65_HS1-834228961_62-HQ-83894_Section_9
Agency: FBI
Page 55
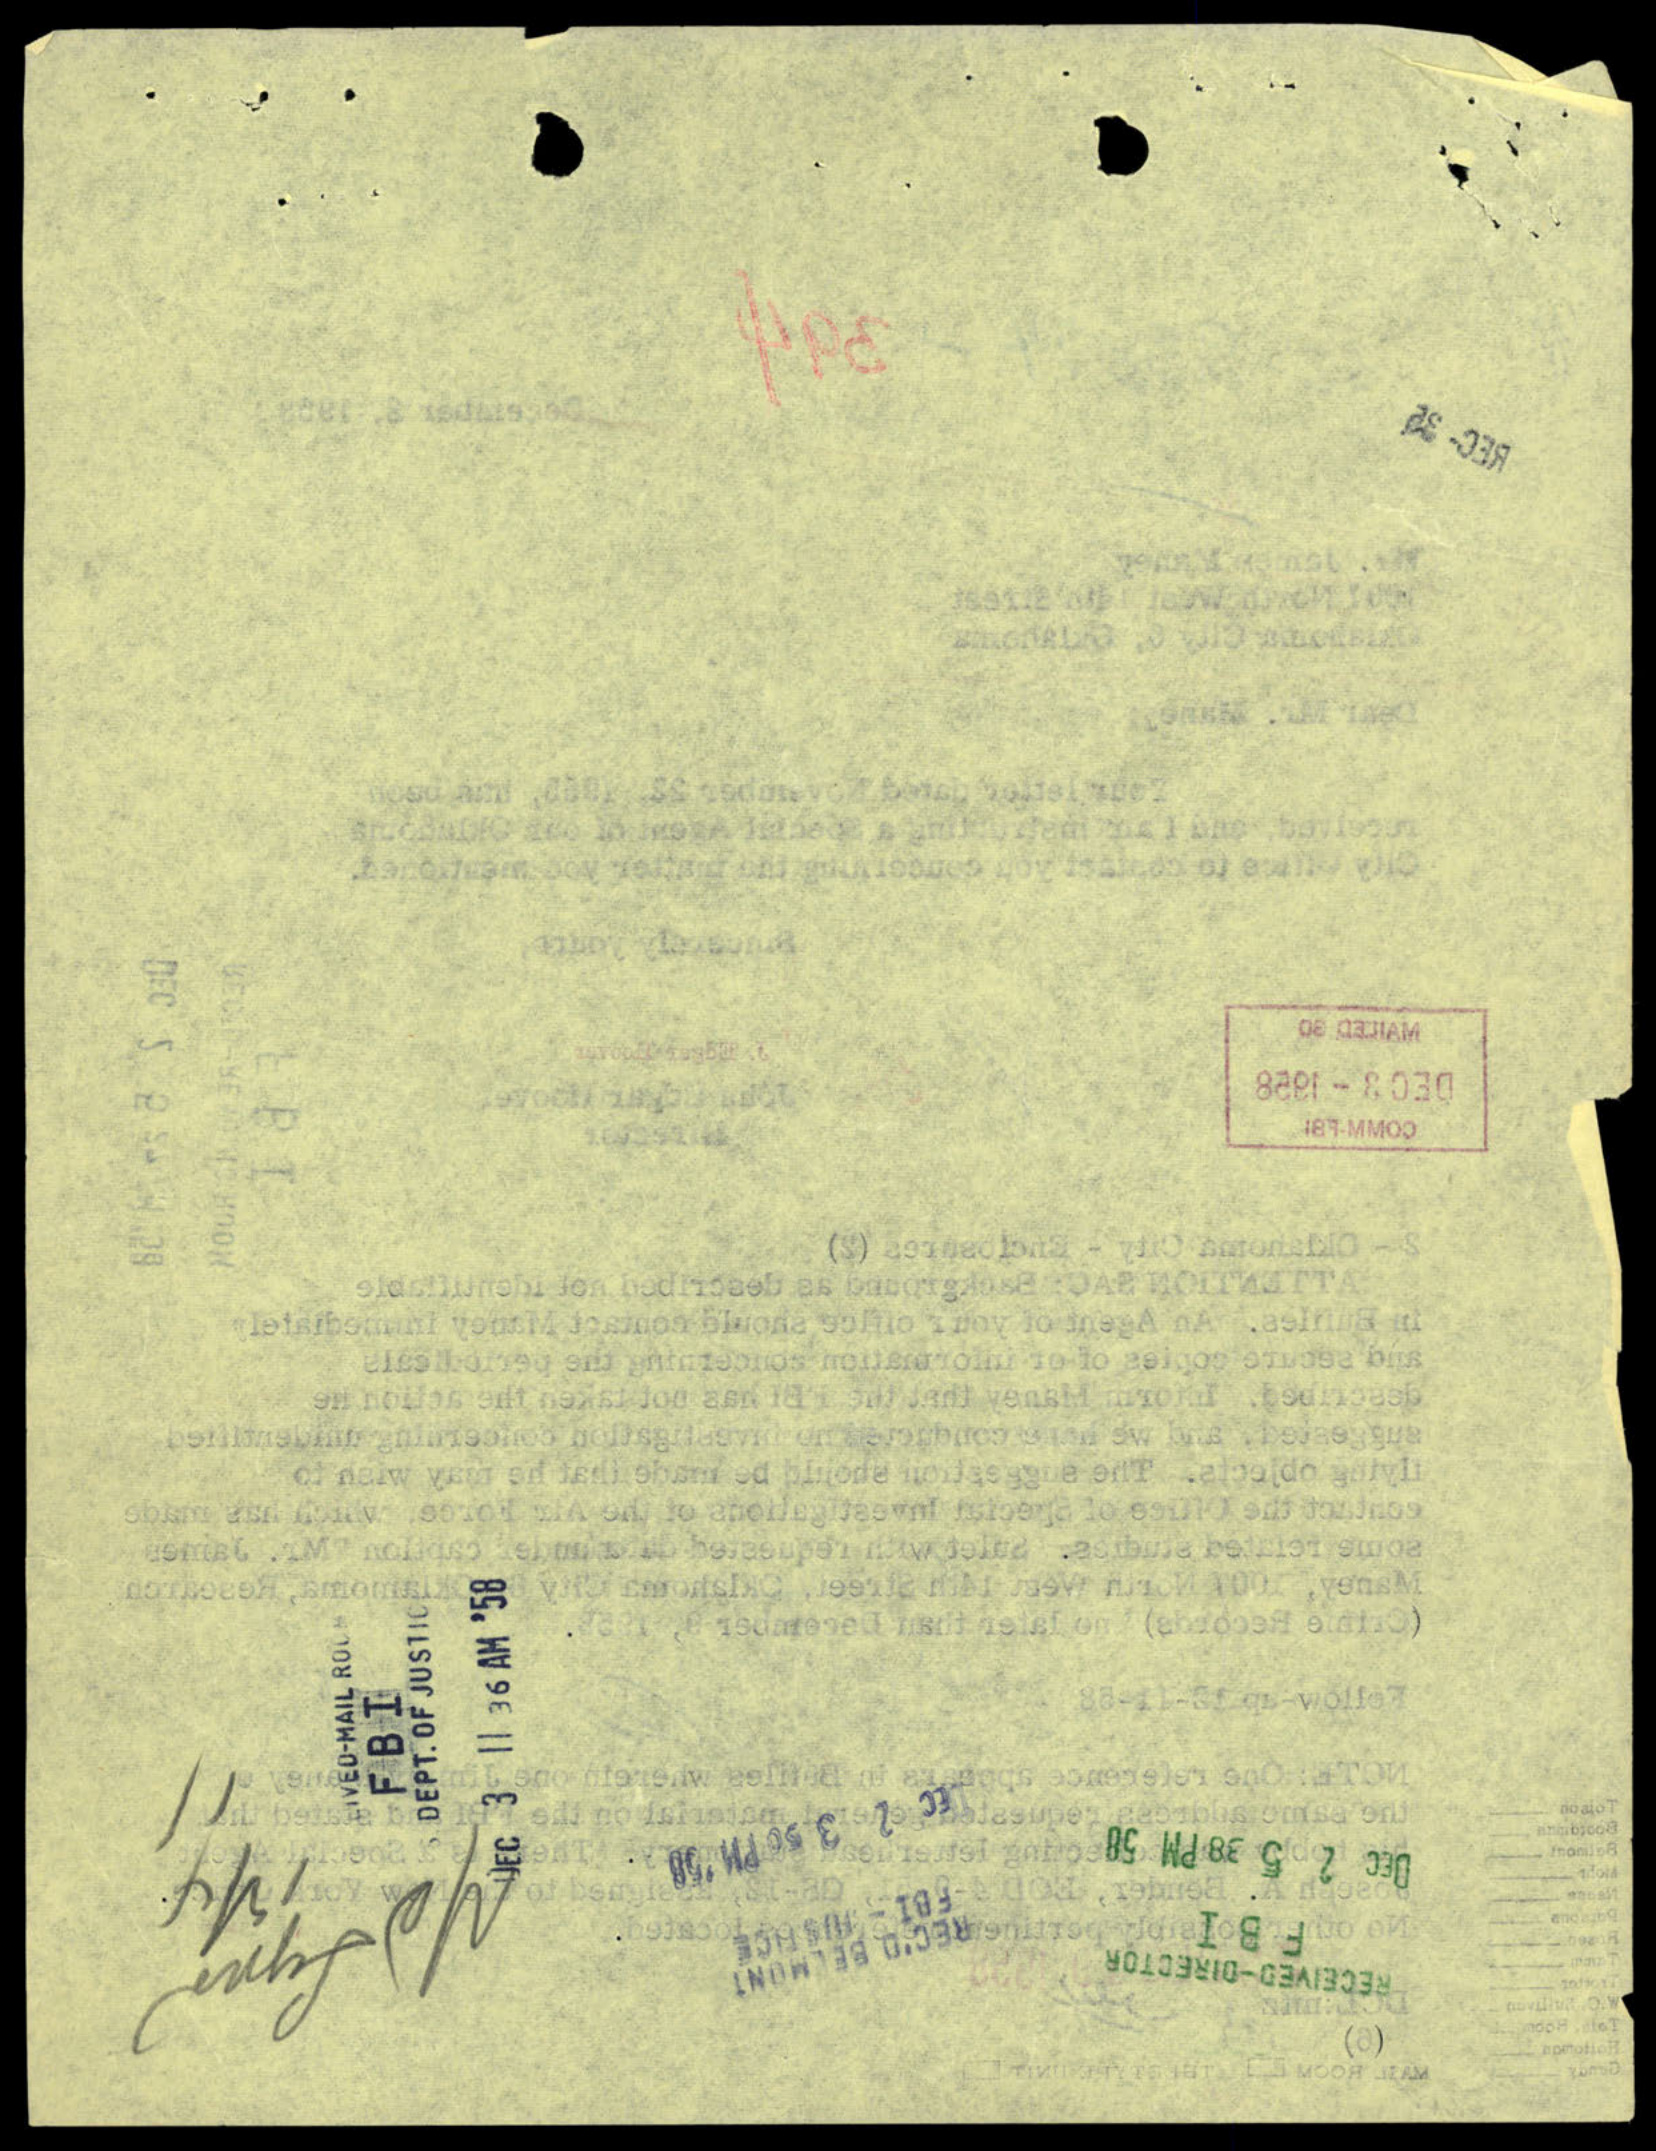